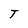
Character: T